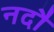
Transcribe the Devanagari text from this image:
नदौ